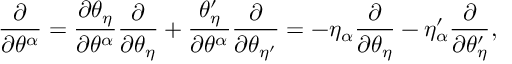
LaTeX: \frac { \partial } { \partial \theta ^ { \alpha } } = \frac { \partial \theta _ { \eta } } { \partial \theta ^ { \alpha } } \frac { \partial } { \partial \theta _ { \eta } } + \frac { \theta _ { \eta } ^ { \prime } } { \partial \theta ^ { \alpha } } \frac { \partial } { \partial \theta _ { \eta ^ { \prime } } } = - \eta _ { \alpha } \frac { \partial } { \partial \theta _ { \eta } } - \eta _ { \alpha } ^ { \prime } \frac { \partial } { \partial \theta _ { \eta } ^ { \prime } } ,